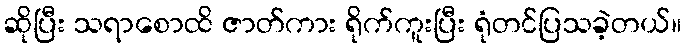
ဆိုပြီး သရာစောထိ ဇာတ်ကား ရိုက်ကူးပြီး ရုံတင်ပြသခဲ့တယ်။